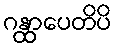
ဂန္ထာပေတိပိ